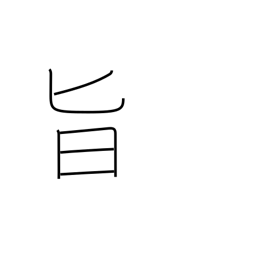
Meaning: relish